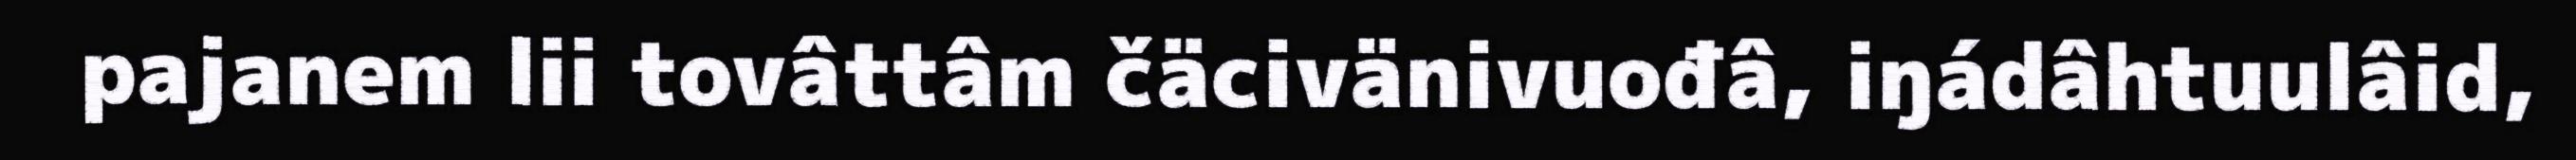
pajanem lii tovâttâm čäcivänivuođâ, iŋádâhtuulâid,